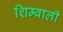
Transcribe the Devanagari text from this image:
शिम्वाली